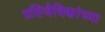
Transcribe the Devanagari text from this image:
प्रतिजैविकांच्या